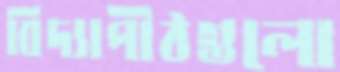
বিদ্যাপীঠগুলো